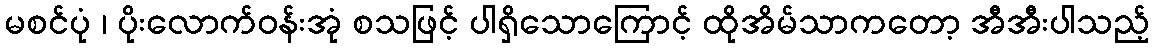
မစင်ပုံ ၊ ပိုးလောက်ဝန်းအုံ စသဖြင့် ပါရှိသောကြောင့် ထိုအိမ်သာကတော့ အီအီးပါသည့်